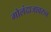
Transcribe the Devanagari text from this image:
गोलंदाजावरुन